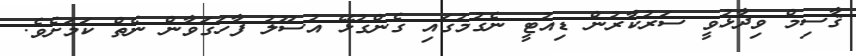
ޤާސިމް ވިދާޅުވީ ސަރުކާރުން ޑިއުޓީ ނެގުމުގައި ގެންގުޅޭ އުސޫލު ފާހަގަވާން ނެތް ކަމަށެވެ.